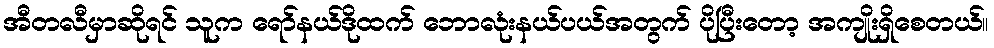
အီတလီမှာဆိုရင် သူက ရော်နယ်ဒိုထက် ဘောလုံးနယ်ပယ်အတွက် ပိုပြီးတော့ အကျိုးရှိစေတယ်။